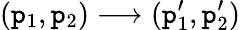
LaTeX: (\mathtt{p}_{1},\mathtt{p}_{2})\longrightarrow(\mathtt{p}_{1}^{\prime},\mathtt{p}_{2}^{\prime})